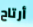
أرتاح